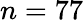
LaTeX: n=77